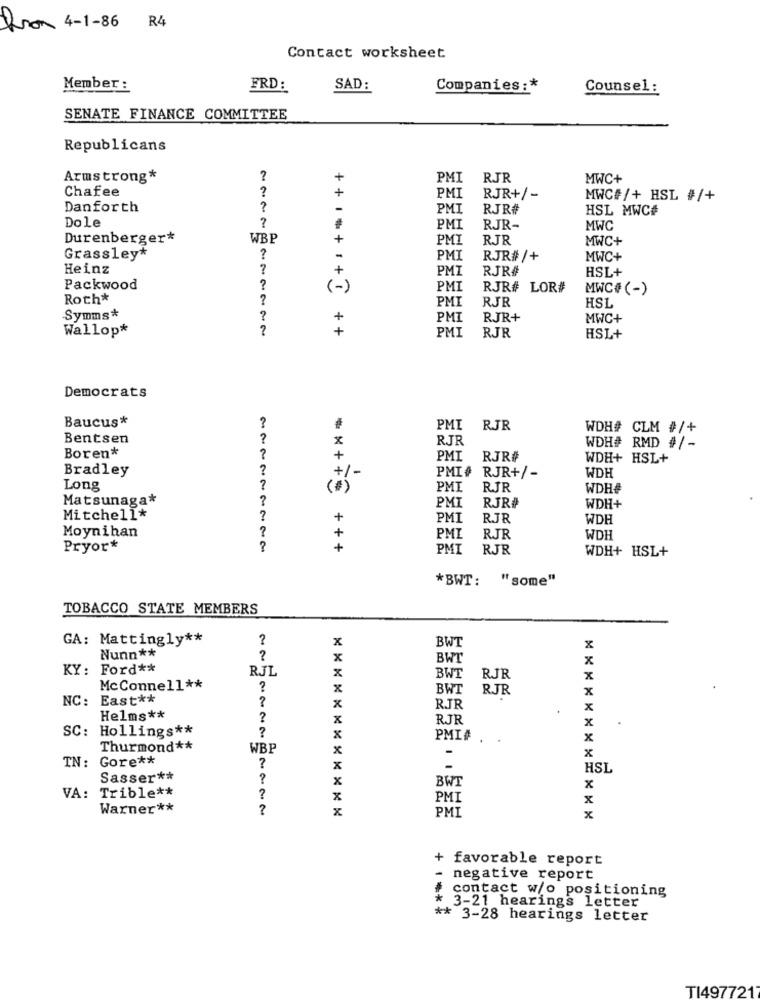
Pron 4-1-86 R4
Contact worksheet
Member :
FRD:
SAD:
Companies :*
Counsel :
SENATE FINANCE COMMITTEE
Republicans
Armstrong*
?
+
PMI
RJR
MWC+
Chafee
+
PMI
RJR+/-
MWC#/+ HSL #/+
Danforth
-
PMI
RJR#
HSL MWC#
?
Dole
PMI
RJR-
MWC
Durenberger*
WBP
+
PMT
RJR
MWC+
Grassley*
?
-
PMI
RJR#/+
MWC+
Heinz
?
PMI
RJR#
HSL+
Packwood
?
PMI
RJR# LOR#
MWC#(-)
Roth*
?
PMI
RJR
HSL
Symms*
+
PMI
RJR+
MWC+
Wallop*
+
PMI
RJR
HSL+
Democrats
Baucus*
?
PMI RJR
WDH# CLM #/+
Bentsen
?
x
RJR
Boren*
WDH# RMD #/-
+
PMI RJR#
WDH+ HSL+
Bradley
?
WDH
+/-
PMI# RJR+/-
Long
?
PMI
RJR
WDH#
Matsunaga*
?
PMI
RJR#
WDH+
Mitchell*
+
PMI
RJR
WDH
?
Moynihan
+
PMI
RJR
WDH
Pryor*
?
+
PMI
RJR
WDH+ HSL+
*BWT: "some"
TOBACCO STATE MEMBERS
GA: Mattingly **
?
x
BWT
Nunn **
x
?
X
BWT
x
KY: Ford **
RJL
x
BWT
RJR
x
McConnell **
?
x
BWT
RJR
x
NC: East **
?
x
R.JR
x
Helms **
?
x
RJR
SC:
Hollings **
?
X
x
PMI#
x
Thurmond **
WBP
x
TN :
Gore **
?
x
x
HSL
Sasser **
x
BWT
x
VA:
Trible **
?
x
PMI
x
Warner **
?
x
PMI
x
+ favorable report
negative report
contact w/o positioning
3-21 hearings letter
** 3-28 hearings letter
TI4977217